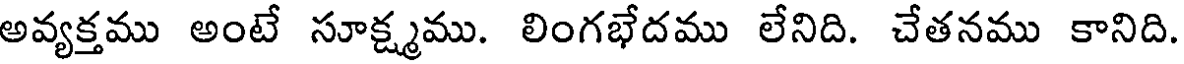
అవ్యక్తము అంటే సూక్ష్మము. లింగభేదము లేనిది. చేతనము కానిది.